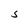
Character: S